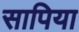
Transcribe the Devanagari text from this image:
सापिया